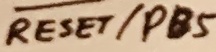
Text: RESET/PB5